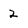
Character: 2